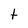
Character: t